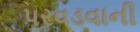
પરવડવાની